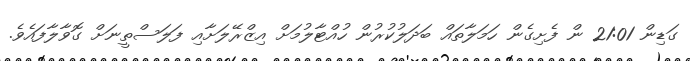
ގަޑިން 21:01 ން ފެށިގެން ހަމަލާތައް ބަދަލުކުރުން ހުއްޓާލުމަށް އިޒްރޭލަށާއި ފަލަސްތީނަށް ގޮވާލާފައެވެ.